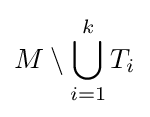
M\setminus \bigcup _{i=1}^{k}T_{i}